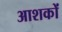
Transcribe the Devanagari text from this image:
आशकों